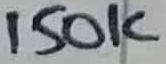
Text: 150K